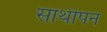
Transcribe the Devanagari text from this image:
साथीपन